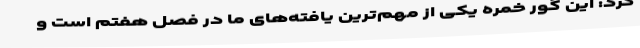
کرد: این گور خمره یکی از مهم‌ترین یافته‌های ما در فصل هفتم است و